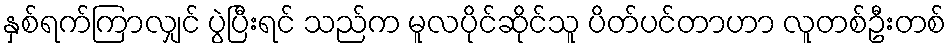
နှစ်ရက်ကြာလျှင် ပွဲပြီးရင် သည်က မူလပိုင်ဆိုင်သူ ပိတ်ပင်တာဟာ လူတစ်ဦးတစ်